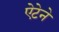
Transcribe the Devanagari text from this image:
ऐटेने